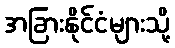
အခြားနိုင်ငံများသို့